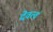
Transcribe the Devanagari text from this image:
देवत्वं